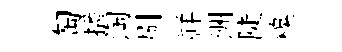
匋播淘刷祥洲陡糗